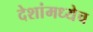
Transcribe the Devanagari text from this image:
देशांमध्येच